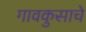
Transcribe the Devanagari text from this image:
गावकुसाचे